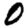
Digit: 0